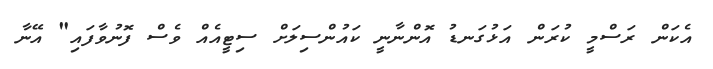
އެކަން ރަސްމީ ކުރަން އަޅުގަނޑު އޮންނާނީ ކައުންސިލަށް ސިޓީއެއް ވެސް ފޮނުވާފައި" އޭނާ